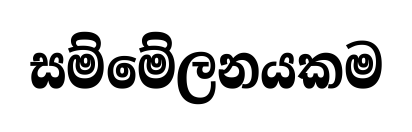
සම්මේලනයකම